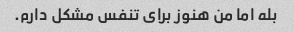
بله اما من هنوز برای تنفس مشکل دارم.